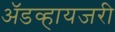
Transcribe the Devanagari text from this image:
ॲडव्हायजरी